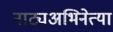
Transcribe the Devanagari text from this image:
नाट्यअभिनेत्या